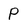
Character: P